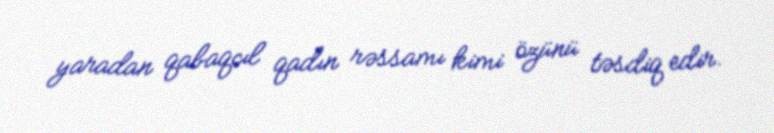
yaradan qabaqcıl qadın rəssamı kimi özünü təsdiq edir.